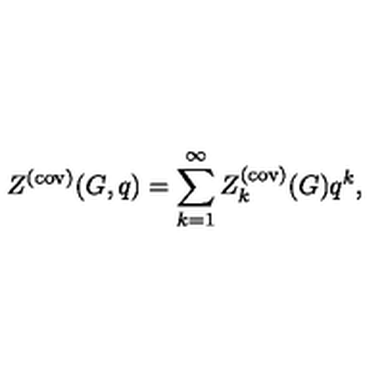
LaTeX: Z ^ { ( \mathrm { c o v ) } } ( G , q ) = \sum _ { k = 1 } ^ { \infty } Z _ { k } ^ { ( \mathrm { c o v ) } } ( G ) q ^ { k } ,